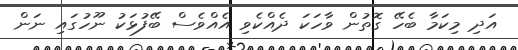
އަދި މިކަމާ ބެހޭ ގޮތުން ވާހަކަ ދެއްކެވި އެއްވެސް ބޭފުޅަކު ނޫހުގައި ނަން